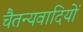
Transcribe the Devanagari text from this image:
चैतन्यवादियों